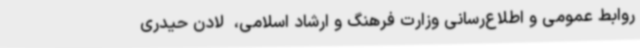
روابط عمومی و اطلاع‌رسانی وزارت فرهنگ و ارشاد اسلامی، ‌ لادن حیدری